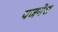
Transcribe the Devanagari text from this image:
पजनेश